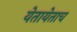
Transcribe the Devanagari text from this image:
येतायेताच